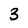
Character: 3